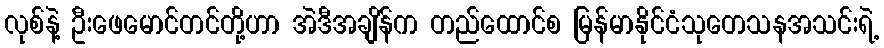
လုစ်နဲ့ ဦးဖေမောင်တင်တို့ဟာ အဲဒီအချိန်က တည်ထောင်စ မြန်မာနိုင်ငံသုတေသနအသင်းရဲ့